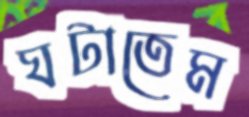
ঘটাতেম